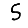
Digit: 5